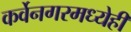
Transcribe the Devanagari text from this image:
कर्वेनगरमध्येही